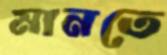
মানতে